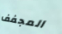
المجفف